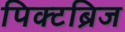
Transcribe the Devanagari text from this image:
पिक्टब्रिज